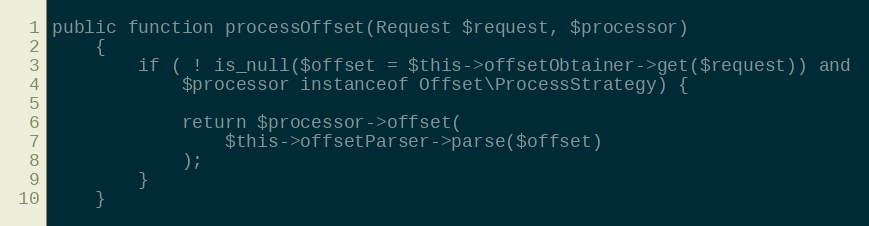
Language: PHP
public function processOffset(Request $request, $processor)
    {
        if ( ! is_null($offset = $this->offsetObtainer->get($request)) and
            $processor instanceof Offset\ProcessStrategy) {

            return $processor->offset(
                $this->offsetParser->parse($offset)
            );
        }
    }